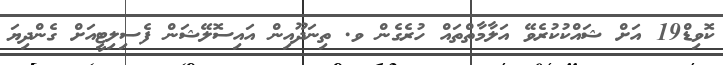
ކޮވިޑް19 އަށް ޝައްކުކުރެވޭ އަލާމާތްތައް ހުރެގެން ވ. ތިނަދޫއިން އައިސޮލޭޝަން ފެސިލިޓީއަށް ގެންދިޔަ